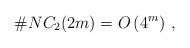
LaTeX: \begin{align*} \#NC_2(2m)=O\left(4^m\right)\,,\end{align*}